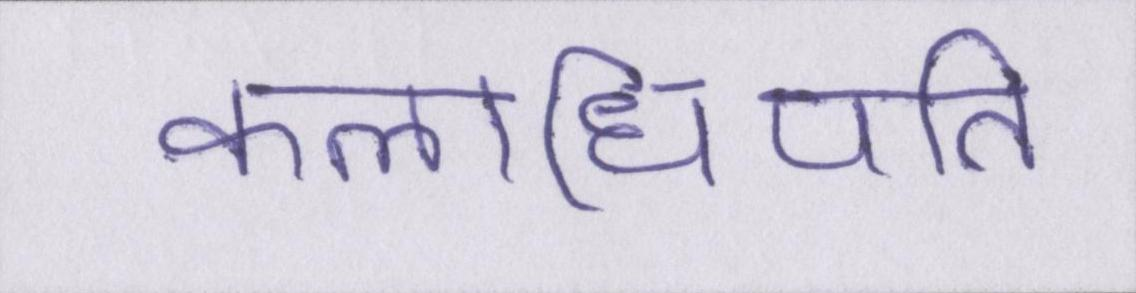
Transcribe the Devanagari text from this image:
कलाधिपति